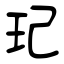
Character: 玘